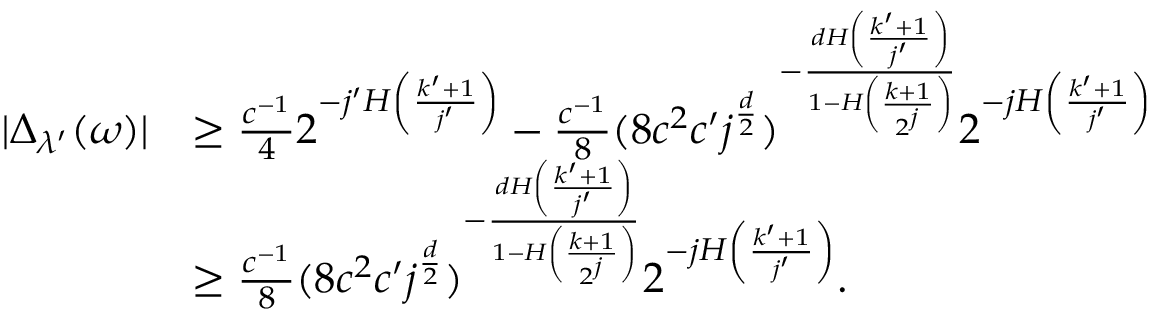
\begin{array} { r l } { | \Delta _ { \lambda ^ { \prime } } ( \omega ) | } & { \geq \frac { c ^ { - 1 } } { 4 } 2 ^ { - j ^ { \prime } H \left( \frac { k ^ { \prime } + 1 } { j ^ { \prime } } \right) } - \frac { c ^ { - 1 } } { 8 } ( 8 c ^ { 2 } c ^ { \prime } j ^ { \frac { d } { 2 } } ) ^ { - \frac { d H \left( \frac { k ^ { \prime } + 1 } { j ^ { \prime } } \right) } { 1 - H \left( \frac { k + 1 } { 2 ^ { j } } \right) } } 2 ^ { - j H \left( \frac { k ^ { \prime } + 1 } { j ^ { \prime } } \right) } } \\ & { \geq \frac { c ^ { - 1 } } { 8 } ( 8 c ^ { 2 } c ^ { \prime } j ^ { \frac { d } { 2 } } ) ^ { - \frac { d H \left( \frac { k ^ { \prime } + 1 } { j ^ { \prime } } \right) } { 1 - H \left( \frac { k + 1 } { 2 ^ { j } } \right) } } 2 ^ { - j H \left( \frac { k ^ { \prime } + 1 } { j ^ { \prime } } \right) } . } \end{array}